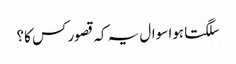
سلگتا ہوا سوال یہ کہ قصور کس کا؟